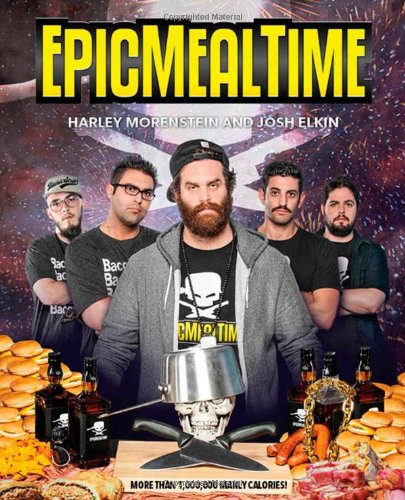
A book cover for Epic Meal Time; Harley Morenstein; Humor & Entertainment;